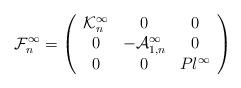
LaTeX: \begin{align*}\mathcal{F}_n^\infty=\left(\begin{array}{ccc}{\mathcal{K}_{n}^\infty}&{0}&{0}\\{0}&{-\mathcal{A}_{1,n}^\infty}&{0}\\{0}&{0}&{Pl^\infty}\end{array}\right)\end{align*}